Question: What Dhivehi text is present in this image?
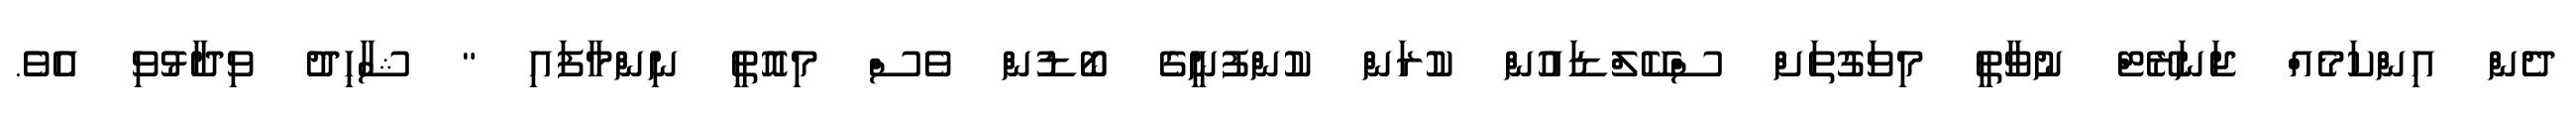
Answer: ދެން އިންކަމެއް ޖަނަރޭޓް ނުވާތީ މިވަގުތަށް ސްކޭލްޑައުން ކުރަން ކުންފުނީގެ ބޯޑުން ވެސް މިއޮތީ ނިންމާފައި " ޝާހިދު ވިދާޅުވި އެވެ.